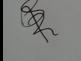
Signature authenticity: genuine